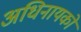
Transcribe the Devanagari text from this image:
अधिनायकों